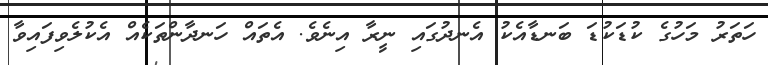
ހަތަރު މަހުގެ ކުޑަކުޑަ ބަނޑާއެކު އެނދުގައި ނީރާ އިނެވެ. އެތައް ހަނދާންތަކެއް އެކުލެވިފައިވާ